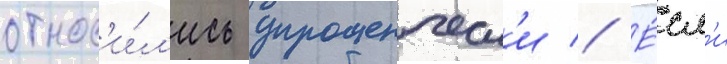
относ'и́л'ись упрощенческ'и // Е́сл'и